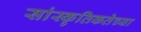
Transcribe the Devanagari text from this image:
सांस्कृतिकतेच्या